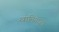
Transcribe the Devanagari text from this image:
खामियाज़ा